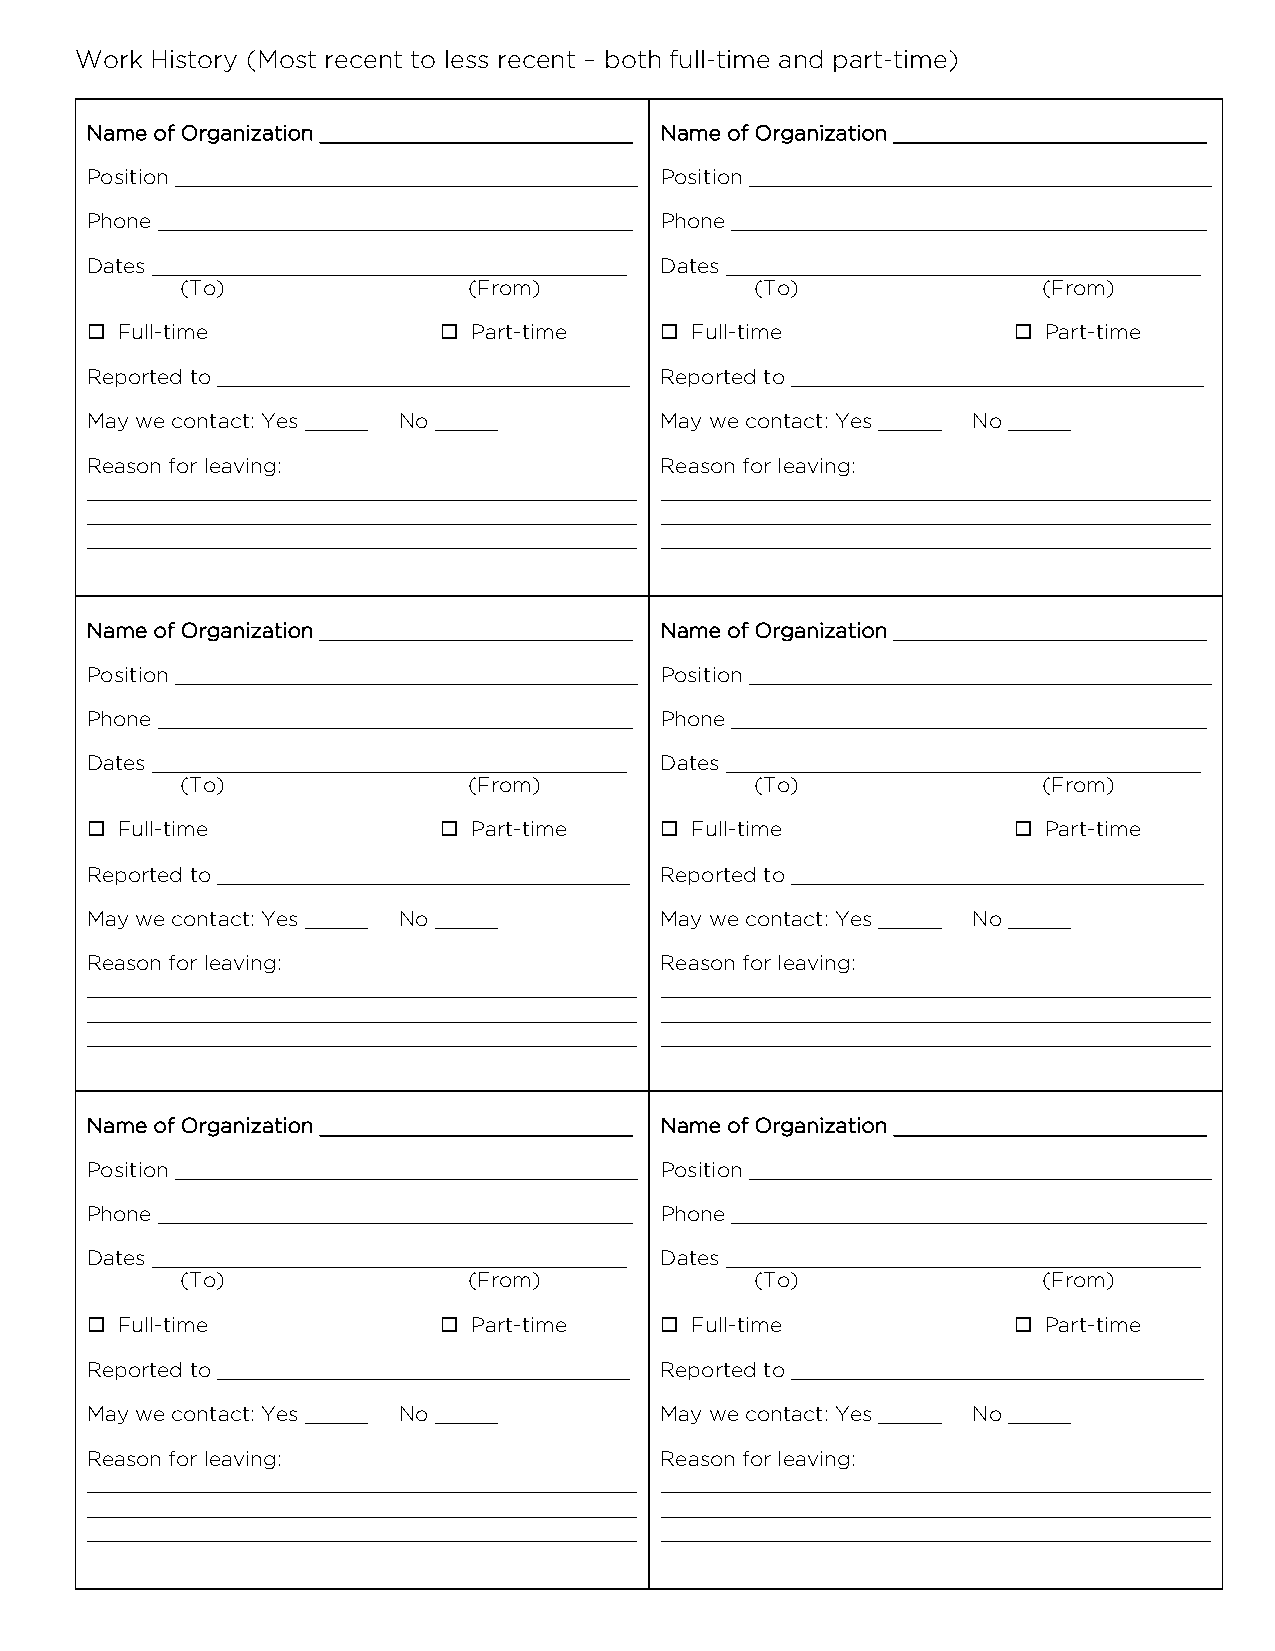
Work History (Most recent to less recent – both full-time and part-time)
 Name of Organization _________________________ Name of Organization _________________________
 Position _____________________________________ Position _____________________________________
 Phone ______________________________________ Phone ______________________________________
 Dates ______________________________________ Dates ______________________________________
 (To)               (From)             (To)               (From)
  Full-time             Part-time     Full-time             Part-time
 Reported to _________________________________ Reported to _________________________________
 May we contact: Yes _____ No _____    May we contact: Yes _____ No _____
 Reason for leaving:                   Reason for leaving:
 ________________________________________ ________________________________________
 ________________________________________ ________________________________________
 ________________________________________ ________________________________________
 Name of Organization _________________________ Name of Organization _________________________
 Position _____________________________________ Position _____________________________________
 Phone ______________________________________ Phone ______________________________________
 Dates ______________________________________ Dates ______________________________________
 (To)               (From)             (To)               (From)
  Full-time             Part-time     Full-time             Part-time
 Reported to _________________________________ Reported to _________________________________
 May we contact: Yes _____ No _____    May we contact: Yes _____ No _____
 Reason for leaving:                   Reason for leaving:
 ________________________________________ ________________________________________
 ________________________________________ ________________________________________
 ________________________________________ ________________________________________
 Name of Organization _________________________ Name of Organization _________________________
 Position _____________________________________ Position _____________________________________
 Phone ______________________________________ Phone ______________________________________
 Dates ______________________________________ Dates ______________________________________
 (To)               (From)             (To)               (From)
  Full-time             Part-time     Full-time             Part-time
 Reported to _________________________________ Reported to _________________________________
 May we contact: Yes _____ No _____    May we contact: Yes _____ No _____
 Reason for leaving:                   Reason for leaving:
 ________________________________________ ________________________________________
 ________________________________________ ________________________________________
 ________________________________________ ________________________________________